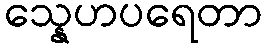
သ္နေဟပရေတာ